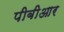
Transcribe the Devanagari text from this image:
पीबीआर